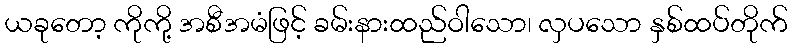
ယခုတော့ ကိုကို့ အစီအမံဖြင့် ခမ်းနားထည်ဝါသော၊ လှပသော နှစ်ထပ်တိုက်